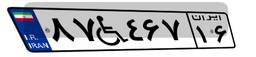
۸۷W۴۶۷۱۶